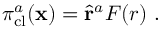
\pi _ { \mathrm { c l } } ^ { a } ( { \bf x } ) = { \hat { \bf r } } ^ { a } F ( r ) \ .